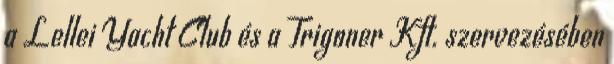
a Lellei Yacht Club és a Trigoner Kft. szervezésében